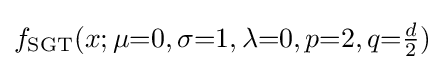
f_{\text{SGT}}(x;\mu {=}0,\sigma {=}1,\lambda {=}0,p{=}2,q{=}{\tfrac {d}{2}})